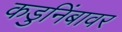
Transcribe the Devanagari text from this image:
कडुनिंबावर